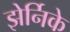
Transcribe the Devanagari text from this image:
झेर्निके